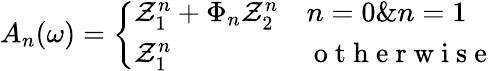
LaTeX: A_{n}(\omega)=\left\{ \begin{array}{ll}{{\mathcal{Z}}_{1}^{n}+\Phi_{n}{\mathcal{Z}}_{2}^{n}}&{n=0\& n=1}\\ {{\mathcal{Z}}_{1}^{n}}&{\mathrm{~o~t~h~e~r~w~i~s~e~}}\end{array}\right.